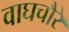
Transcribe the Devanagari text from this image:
वाघचौरे